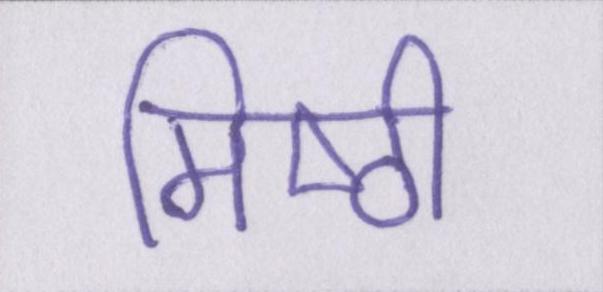
मिष्ठी